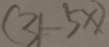
( 3 1 - 5 x )